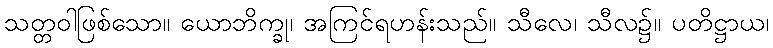
သတ္တဝါဖြစ်သော။ ယောဘိက္ခု၊ အကြင်ရဟန်းသည်။ သီလေ၊ သီလ၌။ ပတိဋ္ဌာယ၊